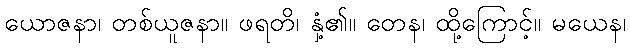
ယောဇနာ၊ တစ်ယူဇနာ။ ဖရတိ၊ နှံ့၏။ တေန၊ ထို့ကြောင့်။ မယေန၊